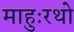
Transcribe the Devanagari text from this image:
माहुःरथो